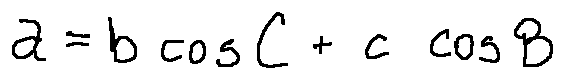
a = b \cos C + c \cos B